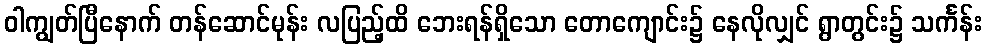
ဝါကျွတ်ပြီနောက် တန်ဆောင်မုန်း လပြည့်ထိ ဘေးရန်ရှိသော တောကျောင်း၌ နေလိုလျှင် ရွာတွင်း၌ သင်္ကန်း